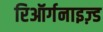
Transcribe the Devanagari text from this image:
रिऑर्गनाइज़्ड